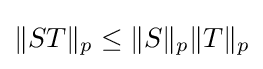
\|ST\|_{p}\leq \|S\|_{p}\|T\|_{p}